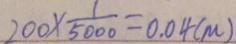
2 0 0 \times \frac { 1 } { 5 0 0 0 } = 0 . 0 4 ( m )